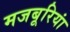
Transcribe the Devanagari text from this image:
मजबूरियां